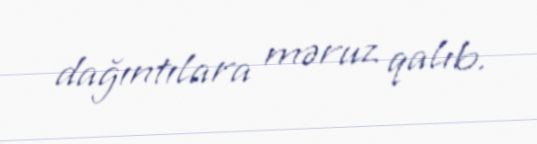
dağıntılara məruz qalıb.